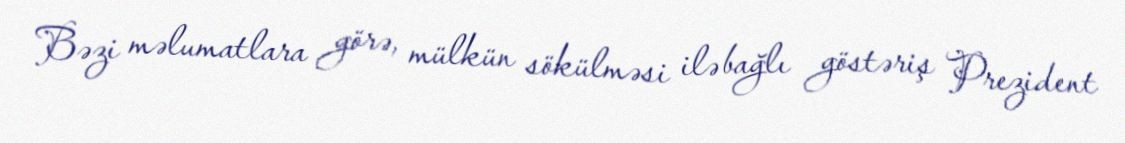
Bəzi məlumatlara görə, mülkün sökülməsi ilə bağlı göstəriş Prezident